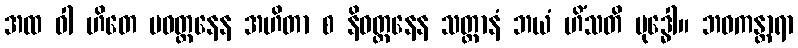
အထ ဝါ ဟိတေ ပဝတ္တနေန အဟိတာ စ နိဝတ္တနေန သတ္တာနံ ဘယံ ဟိံသတိ ဗုဒ္ဓေါ။ ဘဝကန္တာရာ